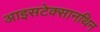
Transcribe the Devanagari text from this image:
आइसटेक्सानथिन